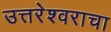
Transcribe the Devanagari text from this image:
उत्तरेश्वराचा